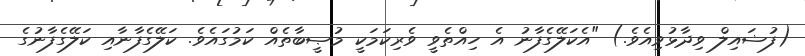
(ފުޟައިލް ވިދާޅުވިއެވެ.) "އެކަލޭގެފާނު އެ ހިއްތެވީ ވެރިކަމަކީ މުޞީބާތެއް ކަމުގައެވެ. ކަލޭގެފާނާއި ކަލޭގެފާނުގެ